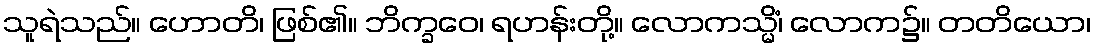
သူရဲသည်။ ဟောတိ၊ ဖြစ်၏။ ဘိက္ခဝေ၊ ရဟန်းတို့။ လောကသ္မိံ၊ လောက၌။ တတိယော၊